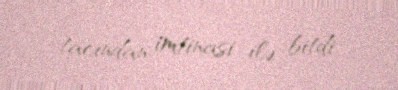
tacından imtinasi ilə bitdi.